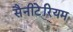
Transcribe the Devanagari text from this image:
सैनीटेरियम